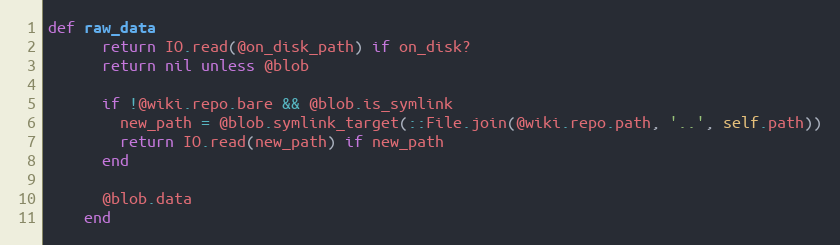
Language: Ruby
def raw_data
      return IO.read(@on_disk_path) if on_disk?
      return nil unless @blob

      if !@wiki.repo.bare && @blob.is_symlink
        new_path = @blob.symlink_target(::File.join(@wiki.repo.path, '..', self.path))
        return IO.read(new_path) if new_path
      end

      @blob.data
    end